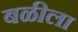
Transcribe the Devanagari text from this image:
बळीला